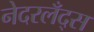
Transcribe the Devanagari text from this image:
नेदरलँद्स